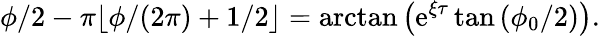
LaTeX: \phi/2-\pi\lfloor\phi/(2\pi)+1/2\rfloor=\arctan{\left(\mathrm{e}^{\xi\tau}\tan{(\phi_{0}/2)}\right)}.